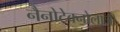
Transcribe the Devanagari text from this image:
नैनोटेक्नोलॉजी